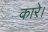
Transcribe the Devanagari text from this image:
कारे।